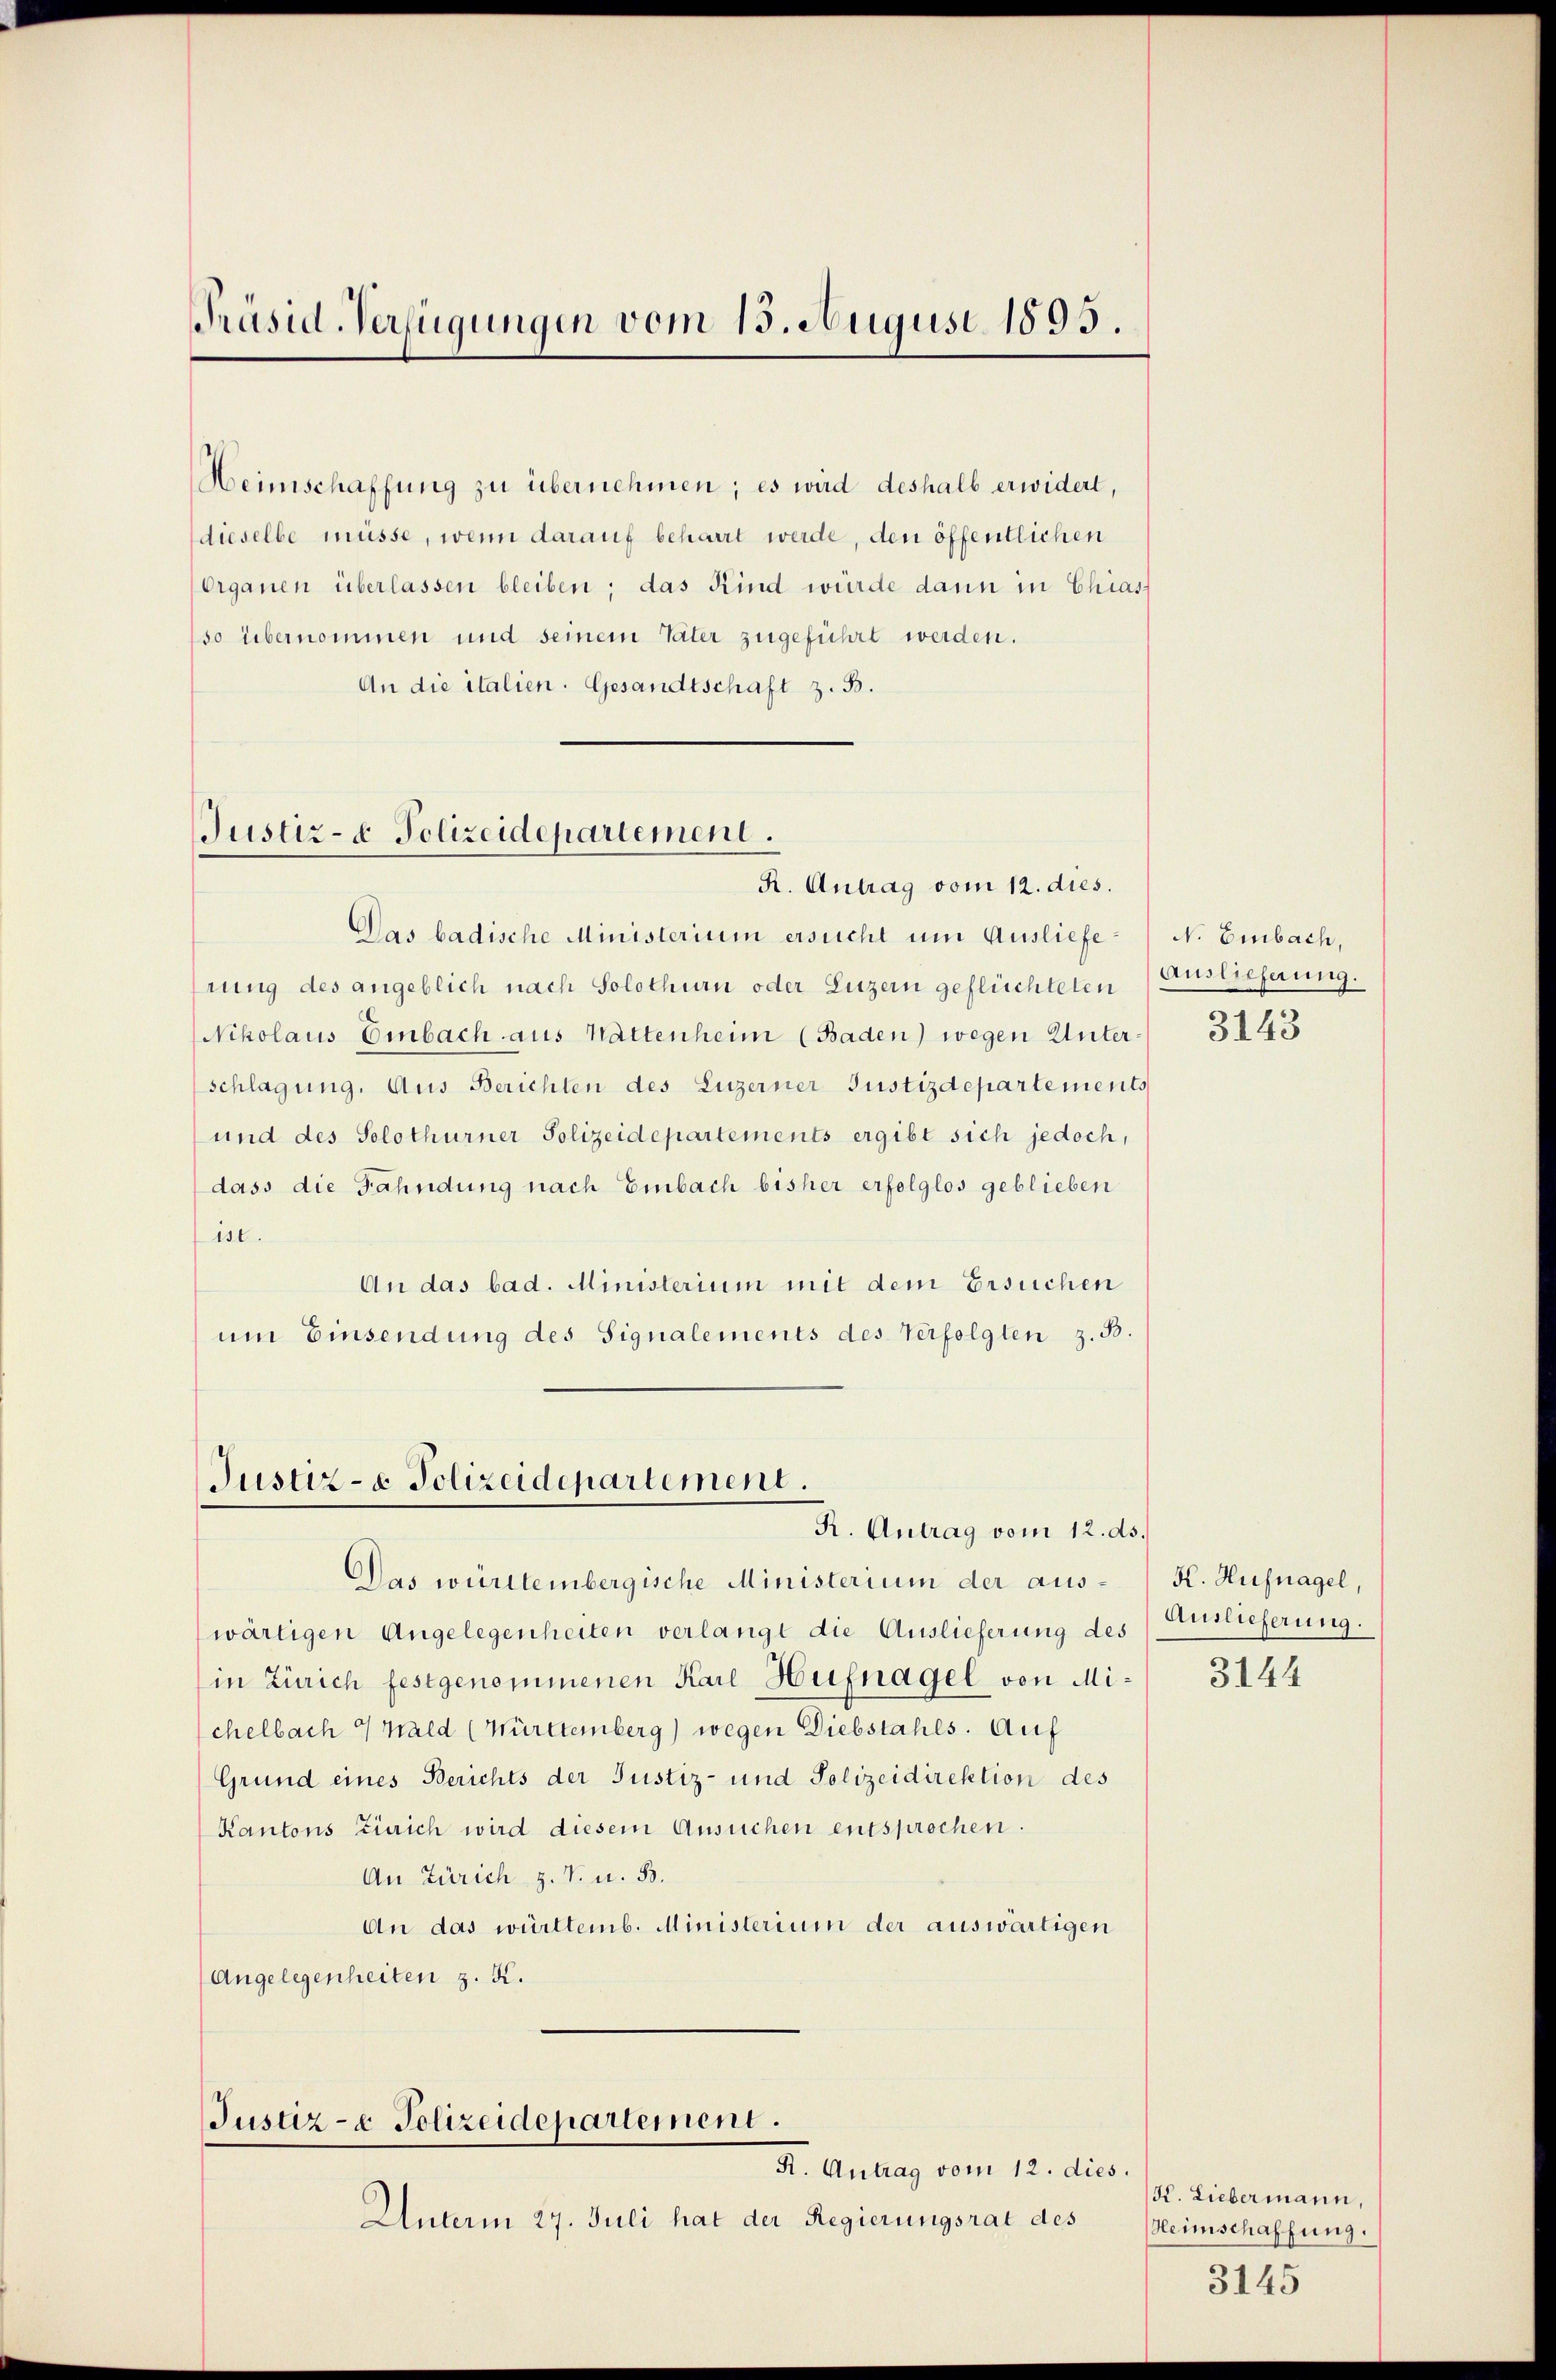
Präsid-Verfügungen vom 15. August 1895.

Heimschaffung zu übernehmen; es wird deshalb erwidert,
dieselbe müsse, wenn darauf beharrt werde, den öffentlichen
Organen überlassen bleiben; das Kind würde dann in Chias-
so übernommen und seinem Vater zugeführt werden.
An die italien. Gesandtschaft z. B.

Justiz- & Polizeidepartement.
R. Antrag vom 12. dies.

Das badische Ministerium ersucht um Auslieferung des angeblich nach Solothurn oder Luzern geflüchteten Auslieferung.
Nikolaus Einbach aus hattenheim (Baden) wegen Unterschlagung. Aus Berichten des Luzerner Justizdepartements
und des Solothurner Polizeidepartements ergibt sich jedoch,
dass die Fahndung nach Einbach bisher erfolglos geblieben
ist.
An das bad. Ministerium mit dem Ersuchen
um Einsendung des Signalements des Verfolgten z. B.

Justiz- & Polizeidepartement.
R. Antrag vom 12. ds.

wärtigen Angelegenheiten verlangt die Auslieferung des
in Zürich festgenommenen Karl Hufnagel von Michelbach 4 Wald (Württemberg) wegen Diebstahls. Auf
Grund eines Berichts der Justiz- und Polizeidirektion des
Kantons Zürich wird diesem Ansuchen entsprochen.
An Zürich z. B. u. 53.
An das württemb. Ministerium der auswärtigen
Angelegenheiten z. K.

Justiz- & Polizeidepartement.
K. Antrag vom 12. dies.

Unterm 27. Juli hat der Regierungsrat des

Das württembergische Ministerium der aus¬

N. Einbach,

3143

H. Hufnagel,
Auslieferung.

3144

K. Liebermann,
Heimschaffung.

3145